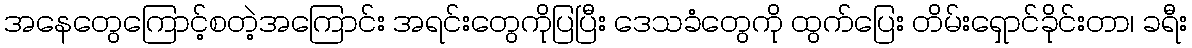
အနေတွေကြောင့်စတဲ့အကြောင်း အရင်းတွေကိုပြပြီး ဒေသခံတွေကို ထွက်ပြေး တိမ်းရှောင်ခိုင်းတာ၊ ခရီး